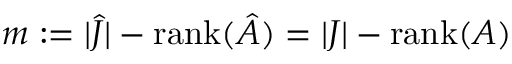
m : = | \hat { J } | - \operatorname { r a n k } ( \hat { A } ) = | J | - \operatorname { r a n k } ( A )